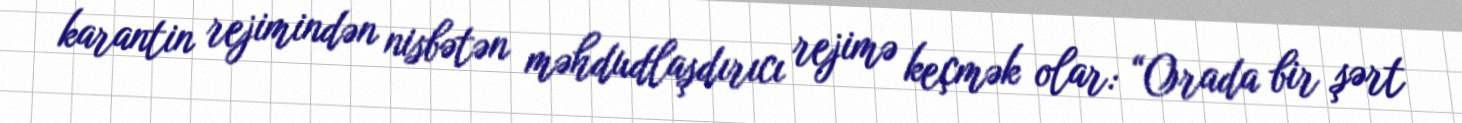
karantin rejimindən nisbətən məhdudlaşdırıcı rejimə keçmək olar: “Orada bir şərt